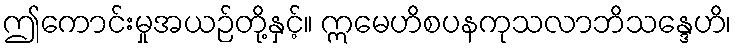
ဤကောင်းမှုအယဉ်တို့နှင့်။ ဣမေဟိစပနကုသလာဘိသန္ဒေဟိ၊